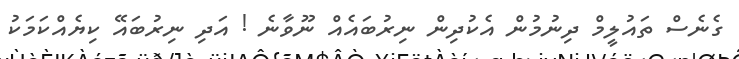
ގެނެސް ތައުލީމް ދިނުމުން އެކުދިން ނިރުބައެއް ނޫވާނެ ! އަދި ނިރުބައޭ ކިޔެއްކަމަކު